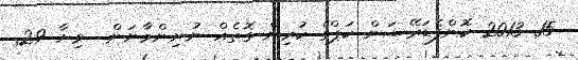
15